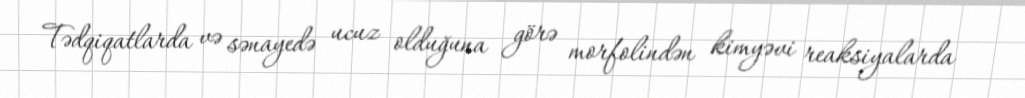
Tədqiqatlarda və sənayedə ucuz olduğuna görə morfolindən kimyəvi reaksiyalarda